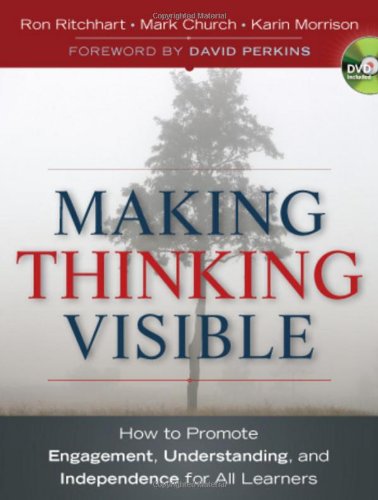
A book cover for Making Thinking Visible: How to Promote Engagement, Understanding, and Independence for All Learners; Ron Ritchhart; Education & Teaching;